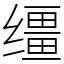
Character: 缰